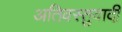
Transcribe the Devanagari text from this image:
अतिवस्तुवादी